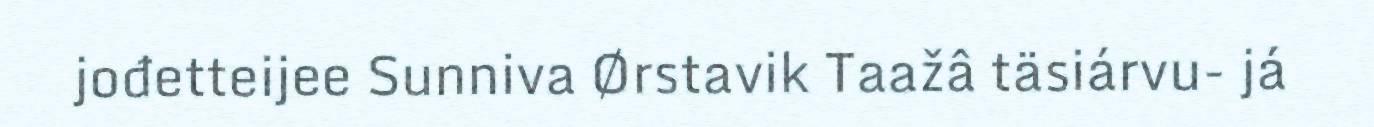
jođetteijee Sunniva Ørstavik Taažâ täsiárvu- já